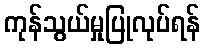
ကုန်သွယ်မှုပြုလုပ်ရန်